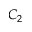
C _ { 2 }